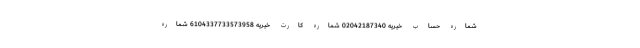
شماره حساب خیریه 02042187340 شماره کارت خیریه 6104337733573958 شماره